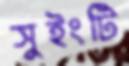
সুইংটি